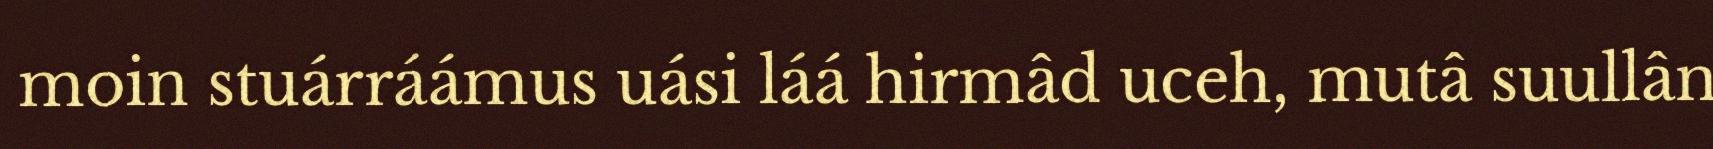
moin stuárráámus uási láá hirmâd uceh, mutâ suullân